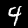
Digit: 4